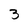
Character: 3